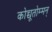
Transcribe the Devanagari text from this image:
कोच्चूतोम्मन्